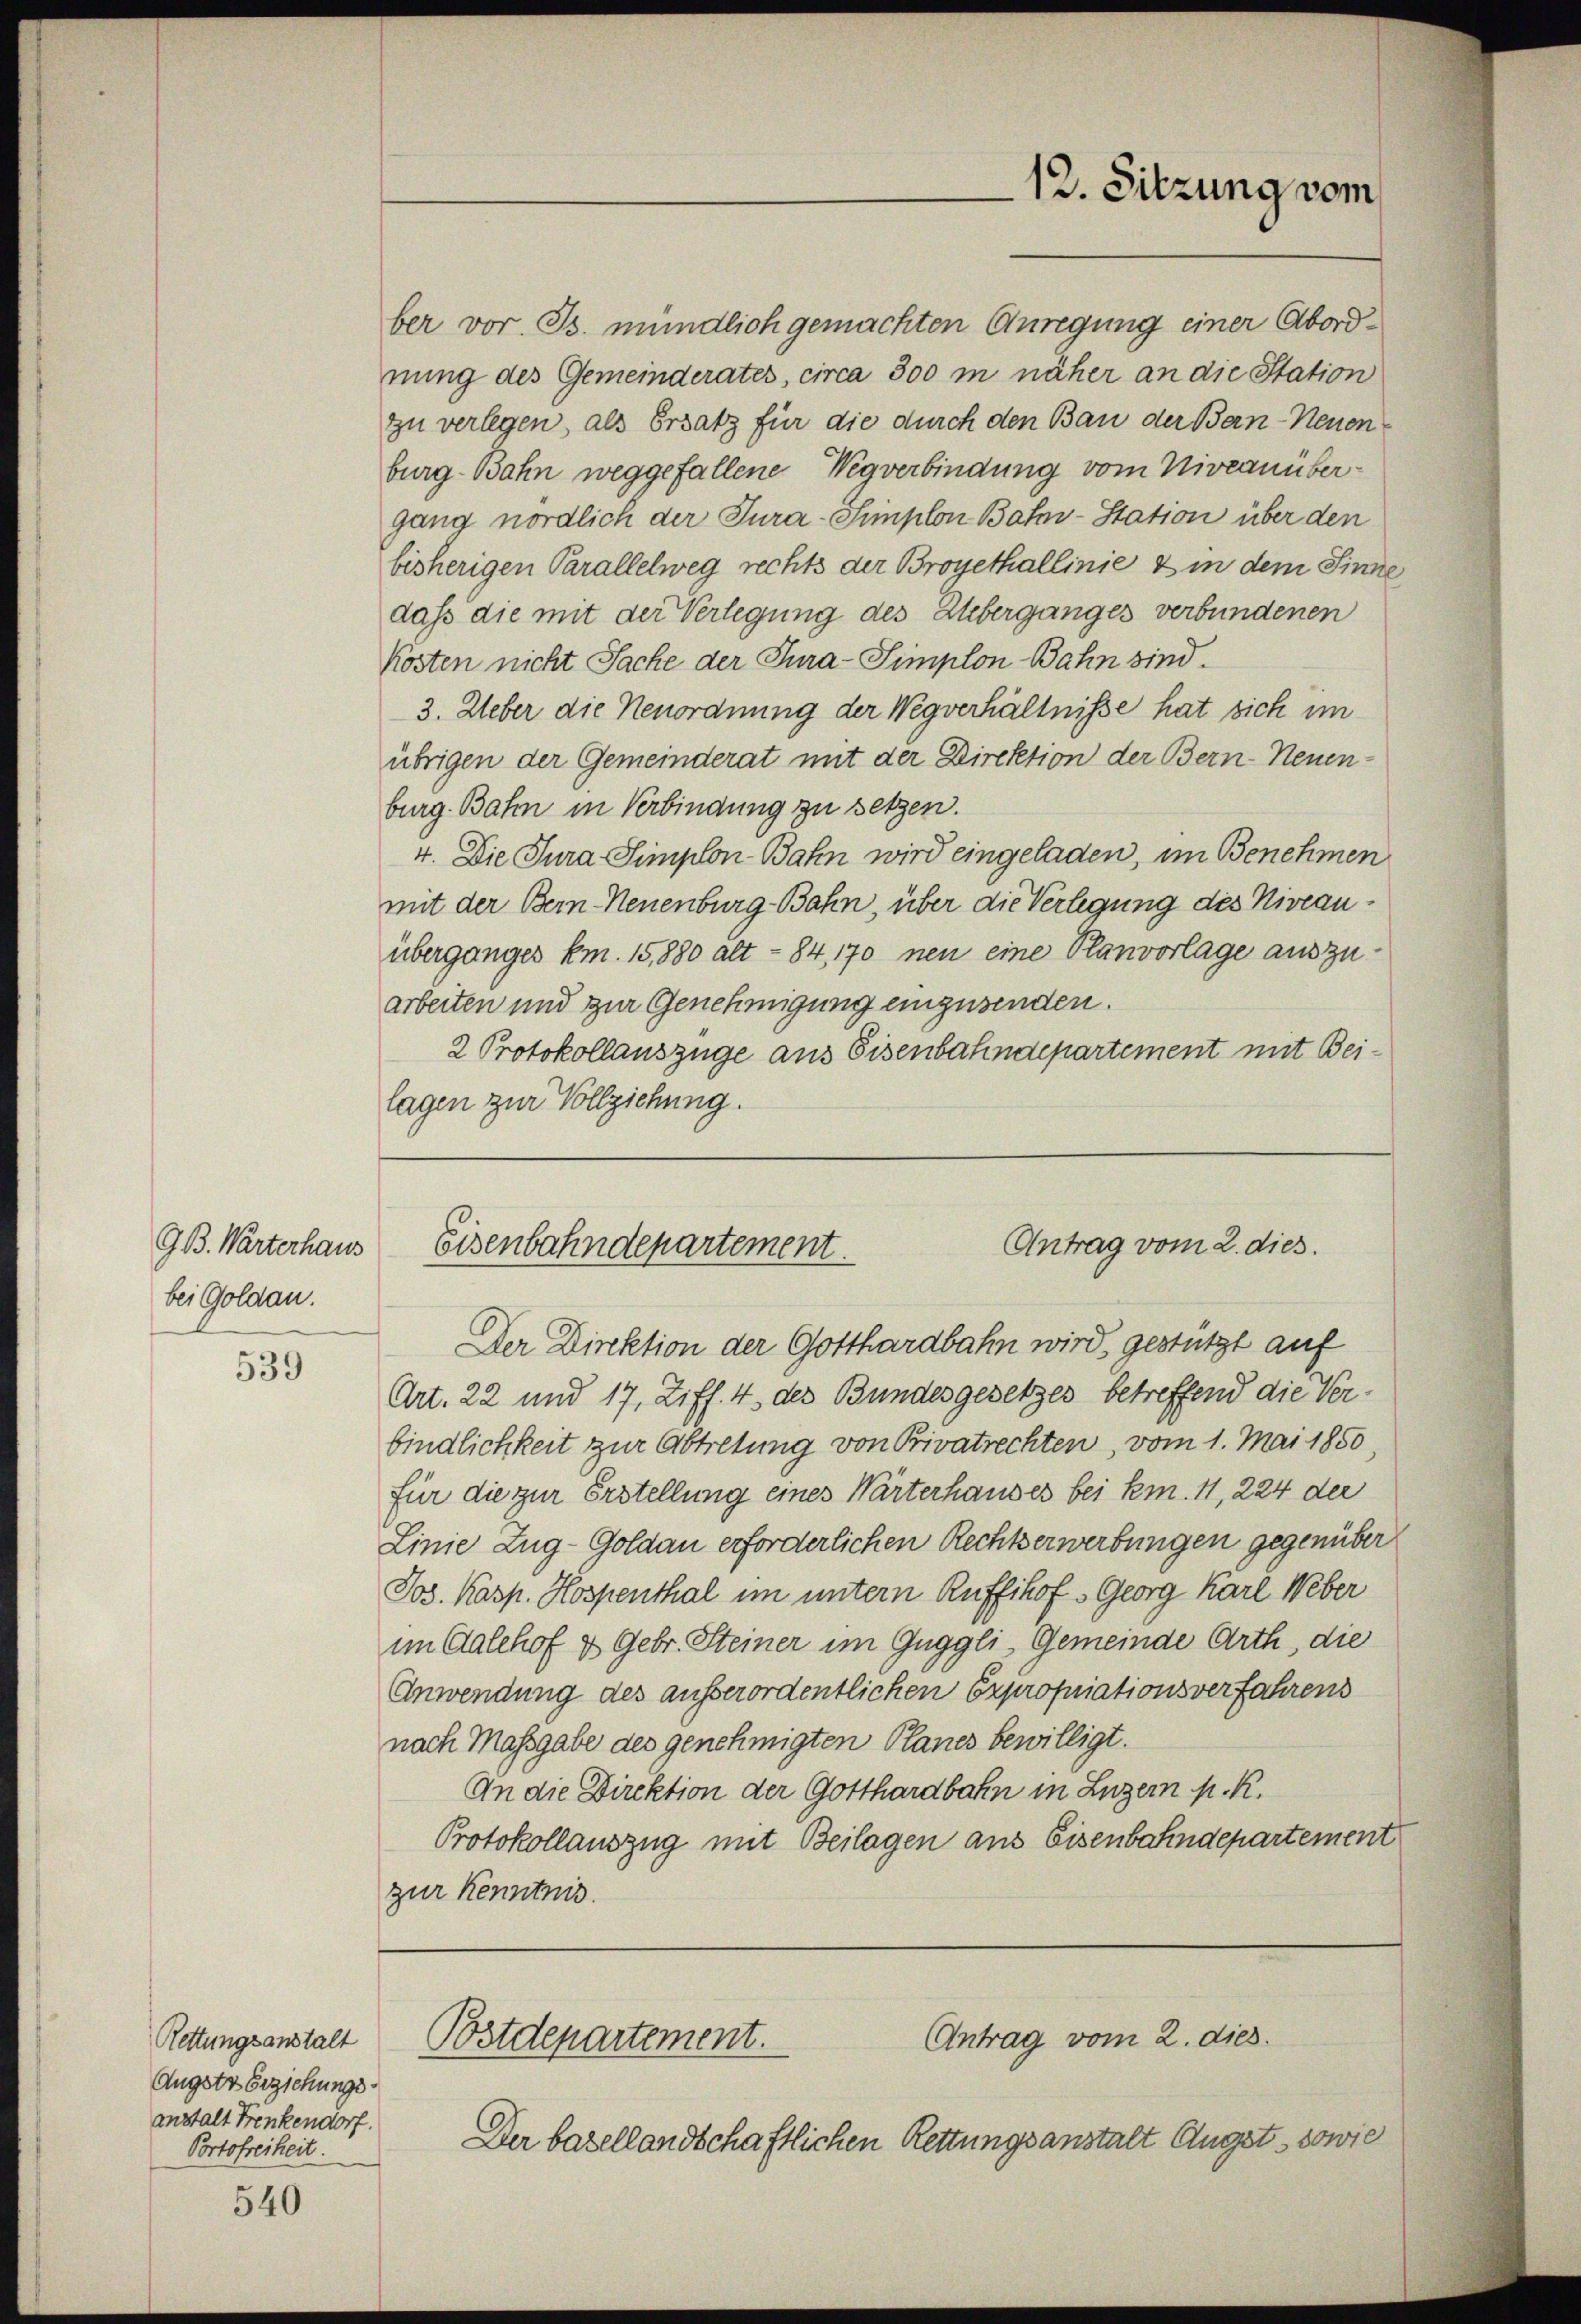
GB. Warterhaus
bei Goldau.

539

Rettungsanstalt
Angstr Erziehungsanstalt Frenkendorf.
Portofreiheit.

540

ber vor. Js. mündlich gemachten Anregung einer Abordnung des Gemeinderates, circa 300 m näher an die Station
zu verlegen, als Ersatz für die durch den Bau der Ban-Neuen
burg-Bahn weggefallene Wegverbindung vom Niveanübergang nördlich der Tura-Simplon Bahn-Station über den
bisherigen Parallelweg rechts der Broyethallinie & in dem Sinne
dass die mit der Verlegung des Ueberganges verbundenen
Kosten nicht Sache der Tura-Simplon Bahn sind
3. Ueber die Neuordnung der Wegverhältnisse hat sich im
übrigen der Gemeinderat mit der Direktion der Bern-Neuen-
burg. Bahn in Verbindung zu setzen.
4. Die Jura Simplon Bahn wird eingeladen, im Benehmen
mit der Bern-Neuenburg-Bahn, über die Verlegung des Niveauüberganges km. 15,880 alt- 84, 170 neu eine Planvorlage auszuarbeiten und zur Genehmigung einzusenden.
2 Protokollauszüge aus Eisenbahndepartement mit Bei-
lagen zur Vollziehung.

Art. 22 und 17, Ziff. 4 des Bundesgesetzes betreffend die Verbindlichkeit zur Abtretung von Privatrechten, vom 1. Mai 1850,
für die zur Erstellung eines Wärterhauses bei km. 11, 224 der
Linie Zug-Goldau erforderlichen Rechtserwerbungen gegenüber
Jos. Kasp. Hospenthal im untern Ruffihof Georg Karl Weber
im Galehof & Gebr. Steiner im Guggli, Gemeinde Arth, die
Anwendung des außerordentlichen Expropriationsverfahrens
nach Massgabe des genehmigten Planes bewilligt.
An die Direktion der Gotthardbahn in Luzern p. K.
Protokollauszug mit Beilagen aus Eisenbahndepartement
zur Kenntnis.

Der basellandschaftlichen Rettungsanstalt Augst, sowie

12. Sitzung vom

Antrag vom 2. dies.
Eisenbahndepartement.
Der Direktion der Gotthardbahn wird, gestützt auf

Antrag vom 2. dies
Bstdepartement.